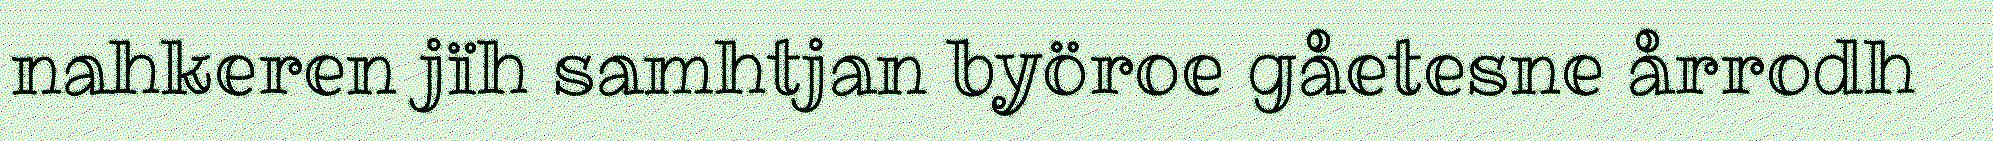
nahkeren jïh samhtjan byöroe gåetesne årrodh